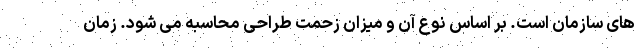
های سازمان است. بر اساس نوع آن و میزان زحمت طراحی محاسبه می شود. زمان